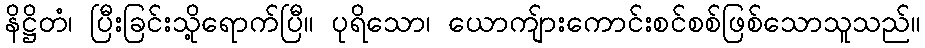
နိဋ္ဌိတံ၊ ပြီးခြင်းသို့ရောက်ပြီ။ ပုရိသော၊ ယောကျ်ားကောင်းစင်စစ်ဖြစ်သောသူသည်။